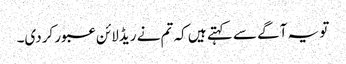
تو یہ آگے سے کہتے ہیں کہ تم نے ریڈلائن عبور کردی۔